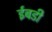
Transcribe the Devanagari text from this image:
ईबडी